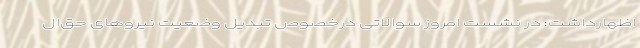
اظهارداشت: در نشست امروز سوالاتی درخصوص تبدیل وضعیت نیروهای حق‌ال